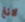
لانغ